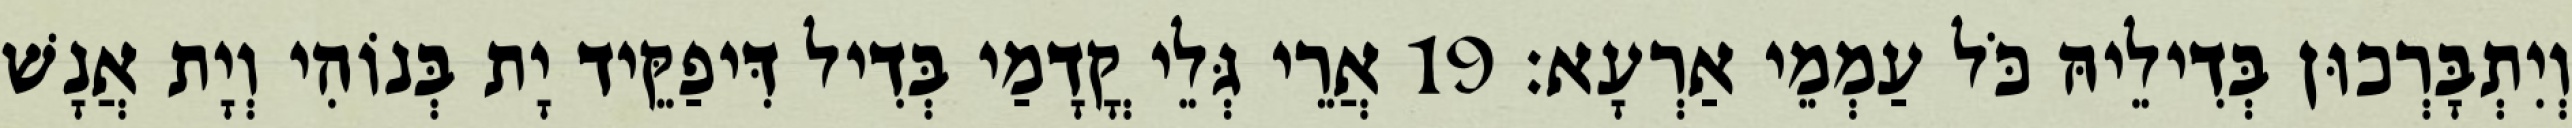
וְיִתְבָּרְכוּן בְּדִילֵיהּ כֹּל עַמְמֵי אַרְעָא׃ 19 אֲרֵי גְּלֵי קֳדָמַי בְּדִיל דִּיפַקֵּיד יָת בְּנוֹהִי וְיָת אֲנָשׁ